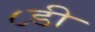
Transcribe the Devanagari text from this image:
८डी